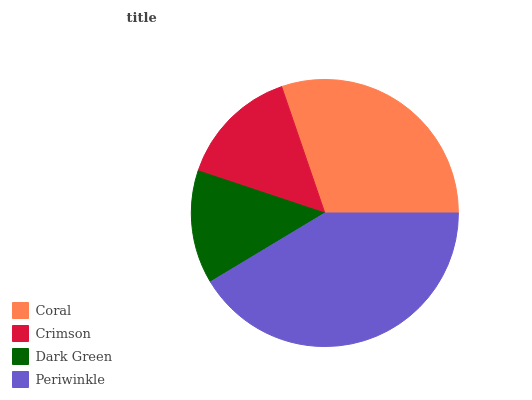
| Coral | Crimson | Dark Green | Periwinkle |
 | --- | --- | --- | --- |
 | 30.2% | 14.6% | 13.7% | 41.4% |